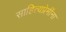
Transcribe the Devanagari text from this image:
साहित्यप्रेमींना